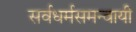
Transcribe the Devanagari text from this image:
सर्वधर्मसमन्‍वायी